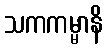
သကကမ္မာနိ